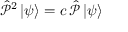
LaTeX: { \hat { \mathcal { P } } } ^ { 2 } \left| \psi \right\rangle = c \, { \hat { \mathcal { P } } } \left| \psi \right\rangle